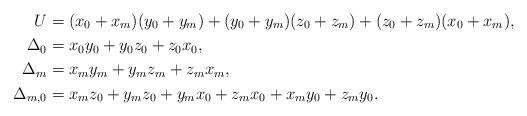
LaTeX: \begin{align*}U & =(x_{0}+x_{m})(y_{0}+y_{m})+(y_{0}+y_{m})(z_{0}+z_{m})+(z_{0}+z_{m})(x_{0}+x_{m}),\\\Delta_{0} & =x_{0}y_{0}+y_{0}z_{0}+z_{0}x_{0},\\\Delta_{m} & =x_{m}y_{m}+y_{m}z_{m}+z_{m}x_{m},\\\Delta_{m,0} & =x_{m}z_{0}+y_{m}z_{0}+y_{m}x_{0}+z_{m}x_{0}+x_{m}y_{0}+z_{m}y_{0}.\end{align*}